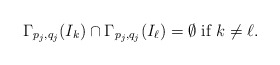
\begin{align*}\Gamma_{p_j,q_j}(I_k)\cap\Gamma_{p_j,q_j}(I_\ell)=\emptyset\mbox{ if }k\not=\ell.\end{align*}